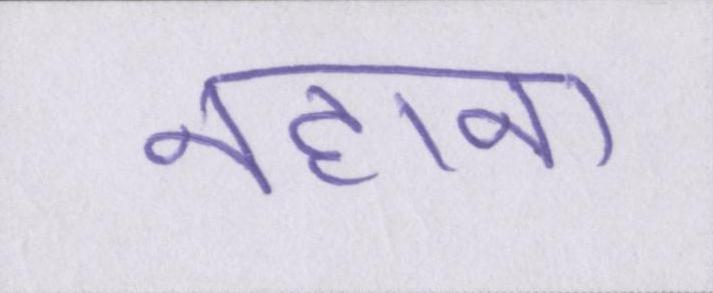
नहाना